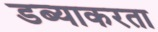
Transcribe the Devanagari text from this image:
डब्याकरता